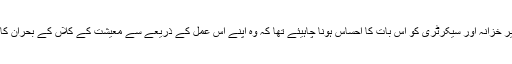
اس وقت کے وزیر خزانہ اور سیکرٹری کو اس بات کا احساس ہونا چاہیئے تھا کہ وہ اپنے اس عمل کے ذریعے سے معیشت کے کلاں کے بحران کا بیج بو رہے ہیں۔